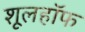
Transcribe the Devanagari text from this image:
शूलहॉफ